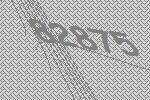
82875